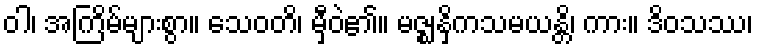
ဝါ၊ အကြိမ်များစွာ။ သေဝတိ၊ မှီဝဲ၏။ မဇ္ဈနှိကသမယန္တိ၊ ကား။ ဒိဝသဿ၊